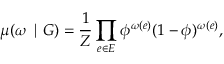
\mu ( \omega \mid G ) = \frac { 1 } { Z } \prod _ { e \in E } \phi ^ { \omega ( e ) } ( 1 - \phi ) ^ { \omega ( e ) } ,